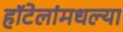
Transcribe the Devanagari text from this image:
हॉटेलांमधल्या